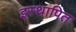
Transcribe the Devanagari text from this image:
इस्थापित